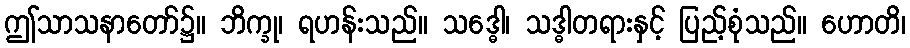
ဤသာသနာတော်၌။ ဘိက္ခု၊ ရဟန်းသည်။ သဒ္ဓေါ၊ သဒ္ဓါတရားနှင့် ပြည့်စုံသည်။ ဟောတိ၊